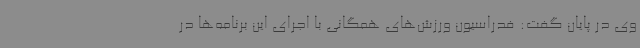
وی در پایان گفت: فدراسیون ورزش‌های همگانی با اجرای این برنامه‌ها در